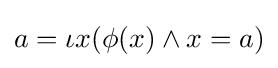
a=\iota x(\phi (x)\land x=a)